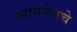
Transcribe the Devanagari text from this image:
स्पायनेलचे